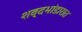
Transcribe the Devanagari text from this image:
शब्दभांडारात